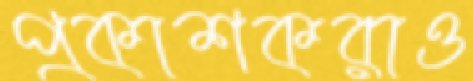
প্রকাশকরাও